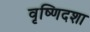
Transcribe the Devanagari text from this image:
वृष्णिदशा